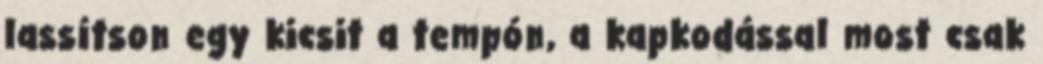
lassítson egy kicsit a tempón, a kapkodással most csak